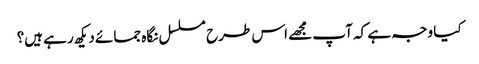
کیا وجہ ہے کہ آپ مجھے اس طرح مسلسل نگاہ جمائے دیکھ رہے ہیں؟